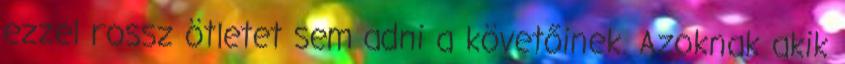
ezzel rossz ötletet sem adni a követőinek. Azoknak akik